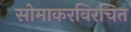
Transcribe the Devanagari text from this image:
सोमाकरविरचित